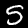
Label: 5